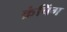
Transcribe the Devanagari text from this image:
क्रंचिंग